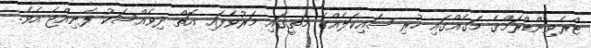
ޓްރެވިންޑްރަމްގެ މަގެއްގައި ހުރި ސައިކަލެއްގެ މަތީގައި މަރުވެފައި އޮތް ދިވެއްސަކު ފެނިއްޖެ އެވެ.